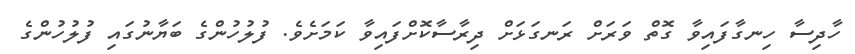
ހާދިސާ ހިނގާފައިވާ ގޮތް ވަރަށް ރަނގަޅަށް ދިރާސާކޮށްފައިވާ ކަމަށެވެ. ފުލުހުންގެ ބަޔާނުގައި ފުލުހުންގެ